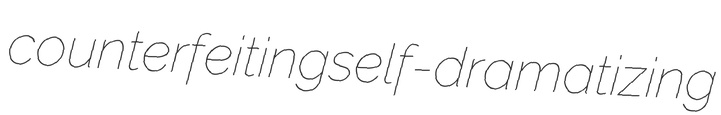
counterfeiting self-dramatizing